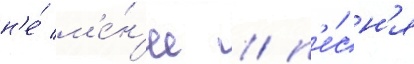
н'е́ м'е́н'ее / п'е́сн'я